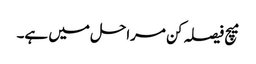
میچ فیصلہ کن مراحل میں ہے۔